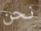
نحن